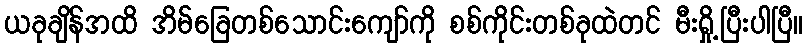
ယခုချိန်အထိ အိမ်ခြေတစ်သောင်းကျော်ကို စစ်ကိုင်းတစ်ခုထဲတင် မီးရှို့ပြီးပါပြီ။